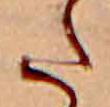
た